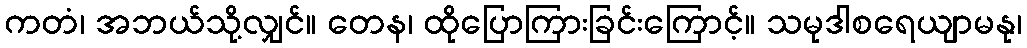
ကတံ၊ အဘယ်သို့လျှင်။ တေန၊ ထိုပြောကြားခြင်းကြောင့်။ သမုဒါစရေယျာမနု၊